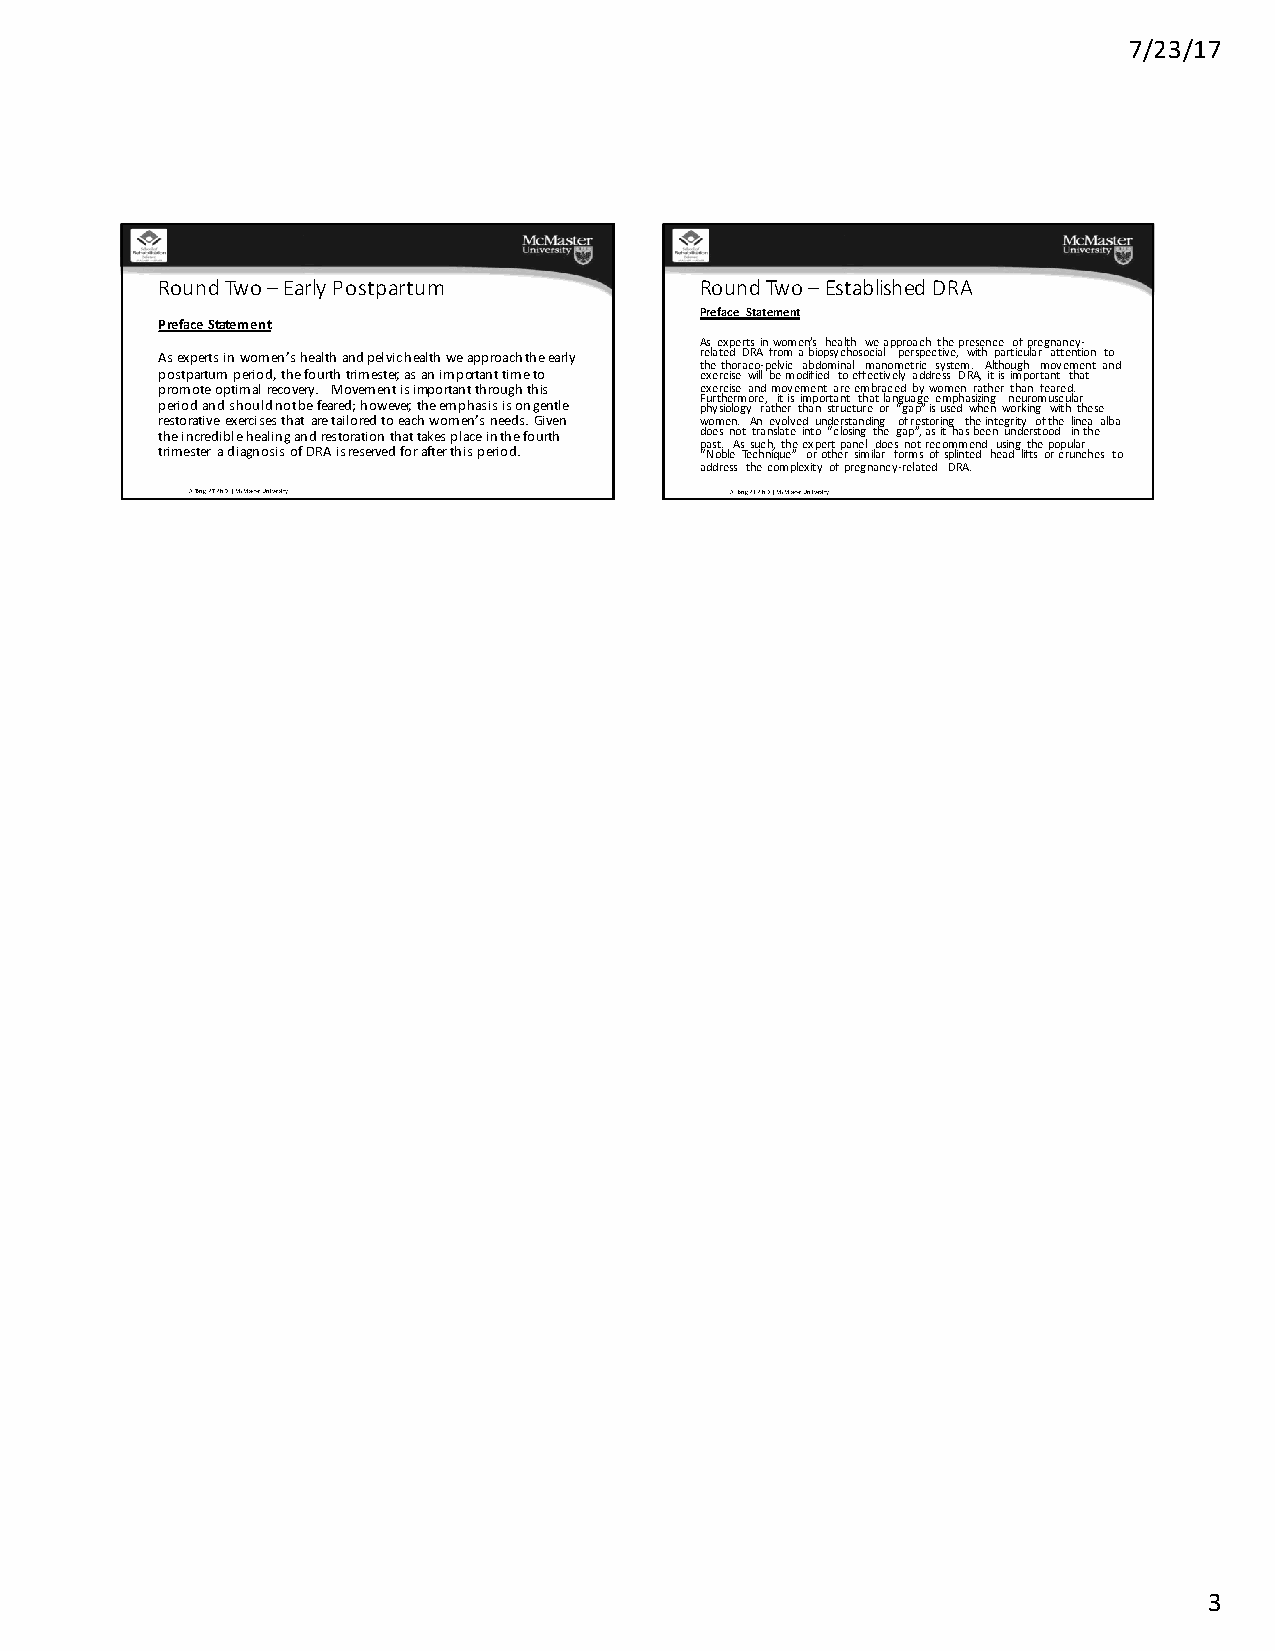
7/23/17
 Round Two –Early Postpartum         Round Two –Established DRA
 Preface Statement
 Preface Statement
 As experts in women’s health we approach the presence of pregnancy-
 As experts in women’s health and pelvic health we approach the early related DRA from a biopsychosocial perspective, with particular attention to
 the thoraco-pelvic abdominal manometric system. Although movement and
 postpartum period, the fourth trimester, as an important time to exercise will be modified to effectively address DRA, it is important that
 promote optimal recovery. Movement is important through this exercise and movement are embraced by women rather than feared.
 Furthermore, it is important that language emphasizing neuromuscular
 period and should not be feared; however, the emphasis is on gentle physiology rather than structure or “gap” is used when working with these
 restorative exercises that are tailored to each women’s needs. Given women. An evolved understanding of restoring the integrity of the linea alba
 the incredible healing and restoration that takes place in the fourth does not translate into “closing the gap”, as it has been understood in the
 past. As such, the expert panel does not recommend using the popular
 trimester a diagnosis of DRA is reserved for after this period. “Noble Technique” or other similar forms of splinted head lifts or crunches to
 address the complexity of pregnancy-related DRA.
 A Tang PT PhD | McMaster University A Tang PT PhD | McMaster University
 3